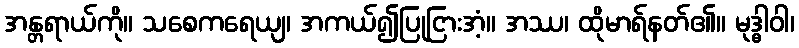
အန္တရာယ်ကို။ သစေကရေယျ၊ အကယ်၍ပြုငြားအံ့။ အဿ၊ ထိုမာရ်နတ်၏။ မုဒ္ဓါဝါ၊